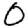
Digit: 0